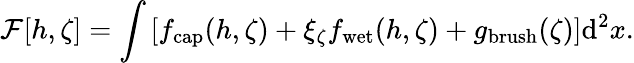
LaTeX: \mathcal{F}[h,\zeta]=\int\left[f_{\mathrm{cap}}(h,\zeta)+\xi_{\zeta}f_{\mathrm{wet}}(h,\zeta)+g_{\mathrm{brush}}(\zeta)\right]\mathrm{d}^{2}x.